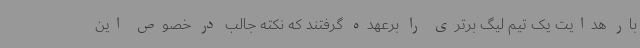
بار هدایت یک تیم لیگ برتری را برعهده گرفتند که نکته جالب در خصوص این